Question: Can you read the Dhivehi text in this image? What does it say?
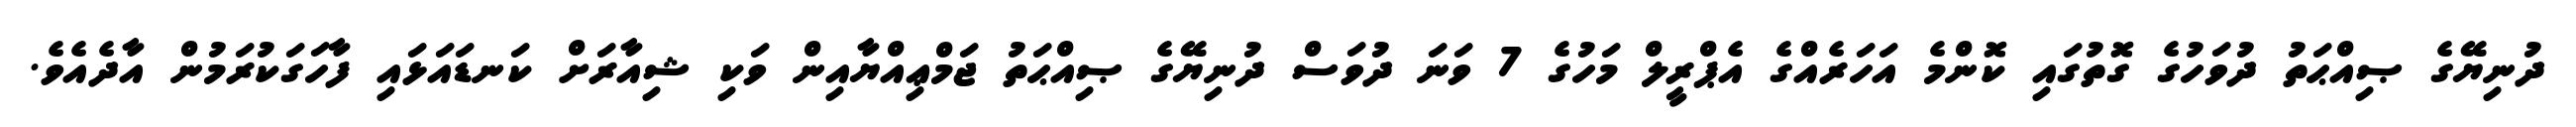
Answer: ދުނިޔޭގެ ޞިއްޙަތު ދުވަހުގެ ގޮތުގައި ކޮންމެ އަހަރެއްގެ އެޕްރީލް މަހުގެ 7 ވަނަ ދުވަސް ދުނިޔޭގެ ޞިއްޙަތު ޖަމްޢިއްޔާއިން ވަކި ޝިއާރަށް ކަނޑައަޅައި ފާހަގަކުރަމުން އާދެއެވެ.